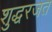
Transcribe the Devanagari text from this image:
शुद्धरजत